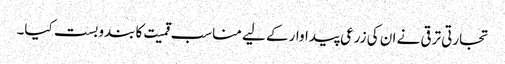
تجارتی ترقی نے ان کی زرعی پیداوار کے لیے مناسب قمیت کا بندوبست کیا۔